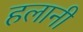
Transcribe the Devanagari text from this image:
हलानी